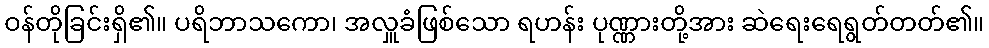
ဝန်တိုခြင်းရှိ၏။ ပရိဘာသကော၊ အလှူခံဖြစ်သော ရဟန်း ပုဏ္ဏားတို့အား ဆဲရေးရေရွတ်တတ်၏။